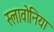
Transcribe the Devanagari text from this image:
स्लावोनिया